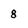
Character: 8